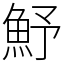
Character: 魣